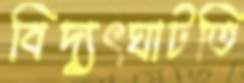
বিদ্যুৎঘাটতি